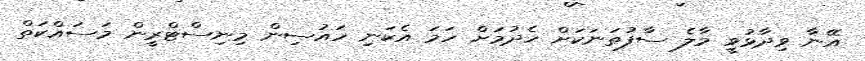
އޭނާ ވިދާޅުވީ މާލެ ސާފުތަނަކަށް ހެދުމަށް ހަމަ އެކަނި ހައުސިން މިނިސްޓްރީން މަސައްކަތް